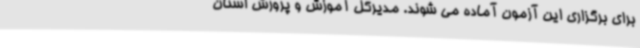
برای برگزاری این آزمون آماده می شوند. مدیرکل آموزش و پرورش استان